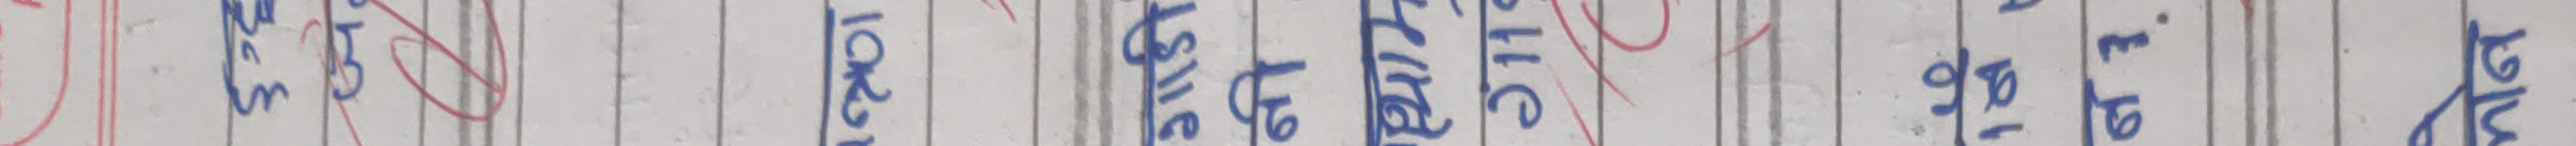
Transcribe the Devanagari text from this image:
प्रारम्भ अधिभूत भूमिका तात्का स.ले. ब.रा. चाँदन